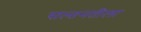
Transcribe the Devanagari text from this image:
सल्तनतीला